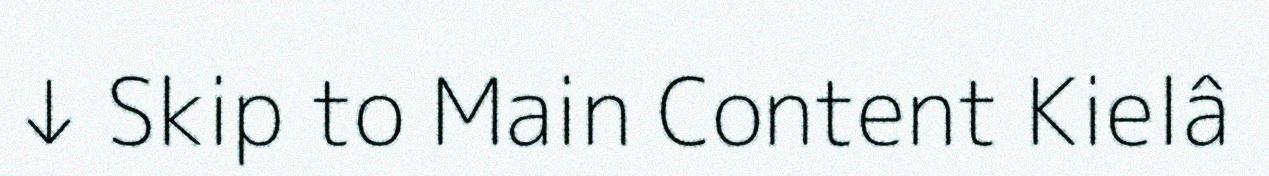
↓ Skip to Main Content Kielâ